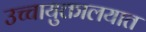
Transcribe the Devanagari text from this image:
उच्चायुक्तालयात